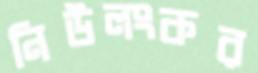
নিউলংকর